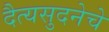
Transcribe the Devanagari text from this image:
दैत्यसुदनेचे